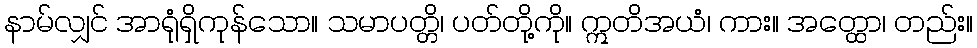
နာမ်လျှင် အာရုံရှိကုန်သော။ သမာပတ္တိ၊ ပတ်တို့ကို။ ဣတိအယံ၊ ကား။ အတ္ထော၊ တည်း။